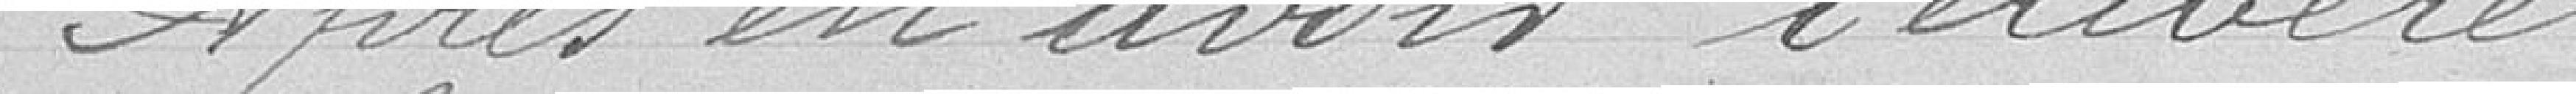
Après en avoir délibéré